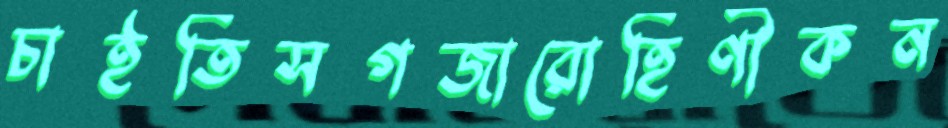
চাইতিসগজারোহিণীকন